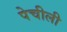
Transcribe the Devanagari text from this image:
पेचीली